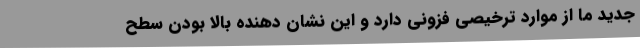
جدید ما از موارد ترخیصی فزونی دارد و این نشان دهنده بالا بودن سطح